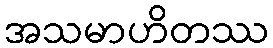
အသမာဟိတဿ